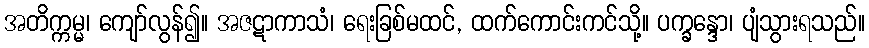
အတိက္ကမ္မ၊ ကျော်လွန်၍။ အဇဋာကာသံ၊ ရေးခြစ်မထင်, ထက်ကောင်းကင်သို့။ ပက္ခန္ဒော၊ ပျံသွားရသည်။